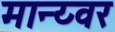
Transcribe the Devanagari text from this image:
मान्य्वर